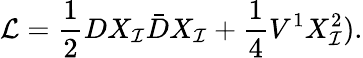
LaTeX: {\cal L}=\frac{{1}}{2}DX_{\cal I}\bar{D}X_{\cal I}+\frac{1}{4}V^{1}X_{\cal I}^{2}).